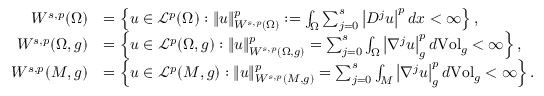
\begin{array} { r l } { W ^ { s , p } ( \Omega ) } & { = \left\{ u \in \mathcal { L } ^ { p } ( \Omega ) : \lVert u \rVert _ { W ^ { s , p } ( \Omega ) } ^ { p } : = \int _ { \Omega } \sum _ { j = 0 } ^ { s } \left\lvert D ^ { j } u \right\rvert ^ { p } d x < \infty \right\} , } \\ { W ^ { s , p } ( \Omega , g ) } & { = \left\{ u \in \mathcal { L } ^ { p } ( \Omega , g ) : \lVert u \rVert _ { W ^ { s , p } ( \Omega , g ) } ^ { p } = \sum _ { j = 0 } ^ { s } \int _ { \Omega } \left\lvert \nabla ^ { j } u \right\rvert _ { g } ^ { p } d \mathrm { V o l } _ { g } < \infty \right\} , } \\ { W ^ { s , p } ( M , g ) } & { = \left\{ u \in \mathcal { L } ^ { p } ( M , g ) : \lVert u \rVert _ { W ^ { s , p } ( M , g ) } ^ { p } = \sum _ { j = 0 } ^ { s } \int _ { M } \left\lvert \nabla ^ { j } u \right\rvert _ { g } ^ { p } d \mathrm { V o l } _ { g } < \infty \right\} . } \end{array}